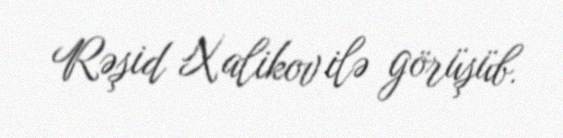
Rəşid Xalikov ilə görüşüb.